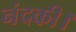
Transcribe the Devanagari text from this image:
नंदकी।